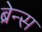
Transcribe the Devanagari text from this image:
ब्रेन्स